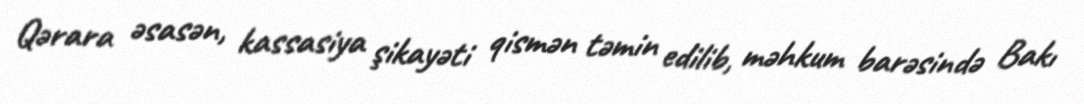
Qərara əsasən, kassasiya şikayəti qismən təmin edilib, məhkum barəsində Bakı